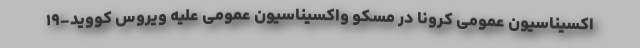
اکسیناسیون عمومی کرونا در مسکو واکسیناسیون عمومی علیه ویروس کووید-۱۹